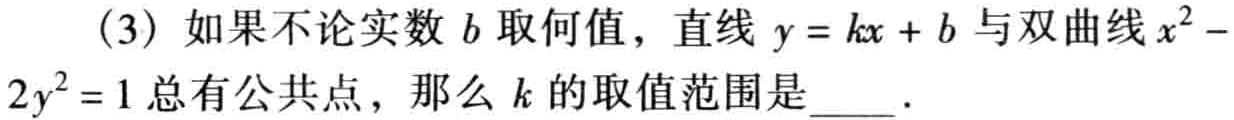
(3) 如果不论实数 \(b\) 取何值，直线 \(y = kx + b\) 与双曲线 \(x^{2}-2y^{2}=1\) 总有公共点，那么 \(k\) 的取值范围是  ．